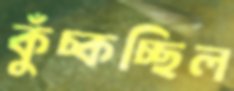
কুঁচ্‌কচ্ছিল